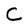
Character: C